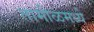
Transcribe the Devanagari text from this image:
तामीळमध्ये